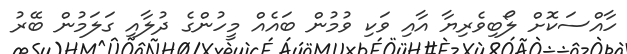
ހާއްސަކޮށް ލޯބިވެރިޔާ އާއި ވަކި ވުމުން ބައެއް މީހުންގެ ދުލާއި ގަލަމުން ބޭރު